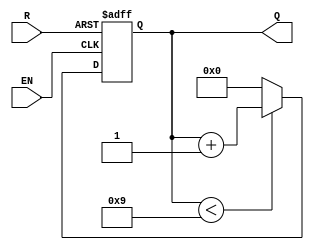
module BCD_Asynchronous_Counter(
    input wire EN,     // Enable signal
    input wire R,      // Reset signal
    output reg [3:0] Q // 4-bit output for BCD (Q3, Q2, Q1, Q0)
);

// Asynchronous reset and counting logic
always @(posedge EN or posedge R) begin
    if (R) begin
        // Asynchronous reset: set to 0
        Q <= 4'b0000;
    end else begin
        // Count if EN is high
        if (Q < 4'b1001) begin
            // Increment the counter
            Q <= Q + 1;
        end else begin
            // Wrap around at 10 (reset to 0)
            Q <= 4'b0000;
        end
    end
end

endmodule